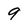
Character: 9